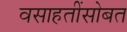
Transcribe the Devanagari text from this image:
वसाहतींसोबत